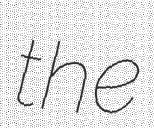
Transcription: the